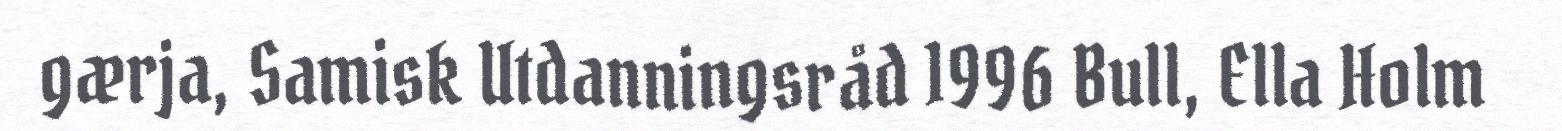
gærja, Samisk Utdanningsråd 1996 Bull, Ella Holm